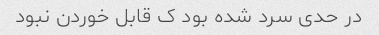
در حدی سرد شده بود ک قابل خوردن نبود